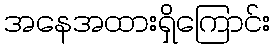
အနေအထားရှိကြောင်း